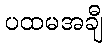
ပထမအချီ